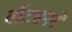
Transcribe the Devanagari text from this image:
वॉटसनने